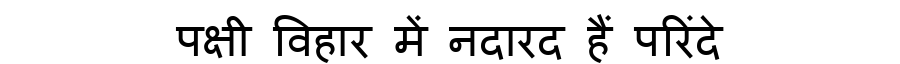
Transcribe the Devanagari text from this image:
पक्षी विहार में नदारद हैं परिंदे